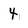
Character: 4